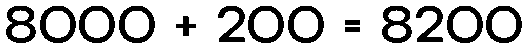
8000 + 200 = 8200